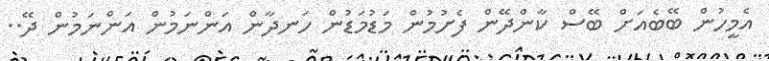
އެމީހުން ބޭބެއަށް ބޭސް ކާންދޭން ފެށުމުން މަޑުމަޑުން ހަނދާން އަންނަމުން އަންނަމުން ދޭ..